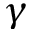
\gamma